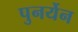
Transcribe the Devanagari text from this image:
पुनर्येन